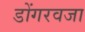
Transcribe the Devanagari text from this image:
डोंगरवजा